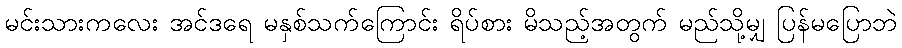
မင်းသားကလေး အင်ဒရေ မနှစ်သက်ကြောင်း ရိပ်စား မိသည့်အတွက် မည်သို့မျှ ပြန်မပြောဘဲ